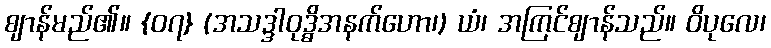
ဈာန်မည်၏။ {၀၇} (အသဒ္ဒါဝုဒ္ဓိအနက်ဟော၊) ယံ၊ အကြင်ဈာန်သည်။ ဝိပုလေ၊